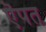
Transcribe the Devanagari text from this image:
ऎपत